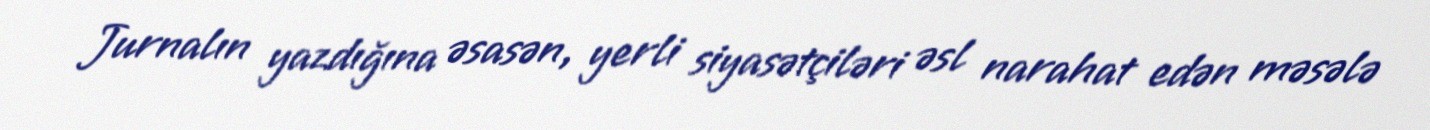
Jurnalın yazdığına əsasən, yerli siyasətçiləri əsl narahat edən məsələ